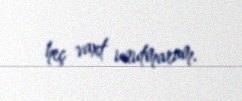
heç vaxt unutmaram.